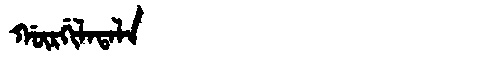
Manchu: ᡤᡡᡵᡤᡳᠯᠠᡨᠠᠯᠠ
Romanization: GŪRGILATALA